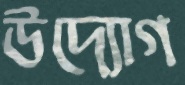
উদ্যোগ